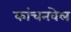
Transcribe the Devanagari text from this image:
कांचनवेल